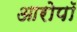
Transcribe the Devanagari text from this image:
आरोपॉ